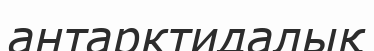
антарктидалық